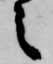
之